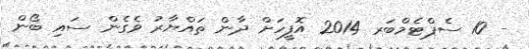
- 10 ސެޕްޓެމްބަރ 2014 އޮފީހަށް ދާން ތައްޔާރު ވެގެން ސައި ބޯން